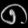
Digit: ၈